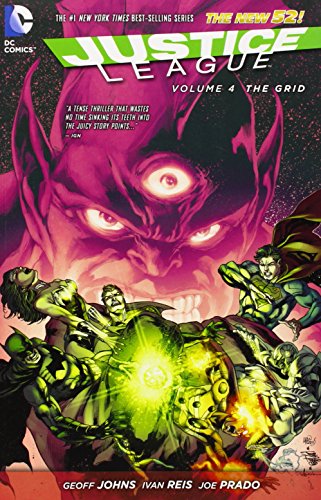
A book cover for Justice League Vol. 4: The Grid (The New 52); Geoff Johns; Comics & Graphic Novels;